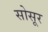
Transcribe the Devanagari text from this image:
सोसूर